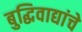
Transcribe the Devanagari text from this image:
बुद्धिवाद्यांचे